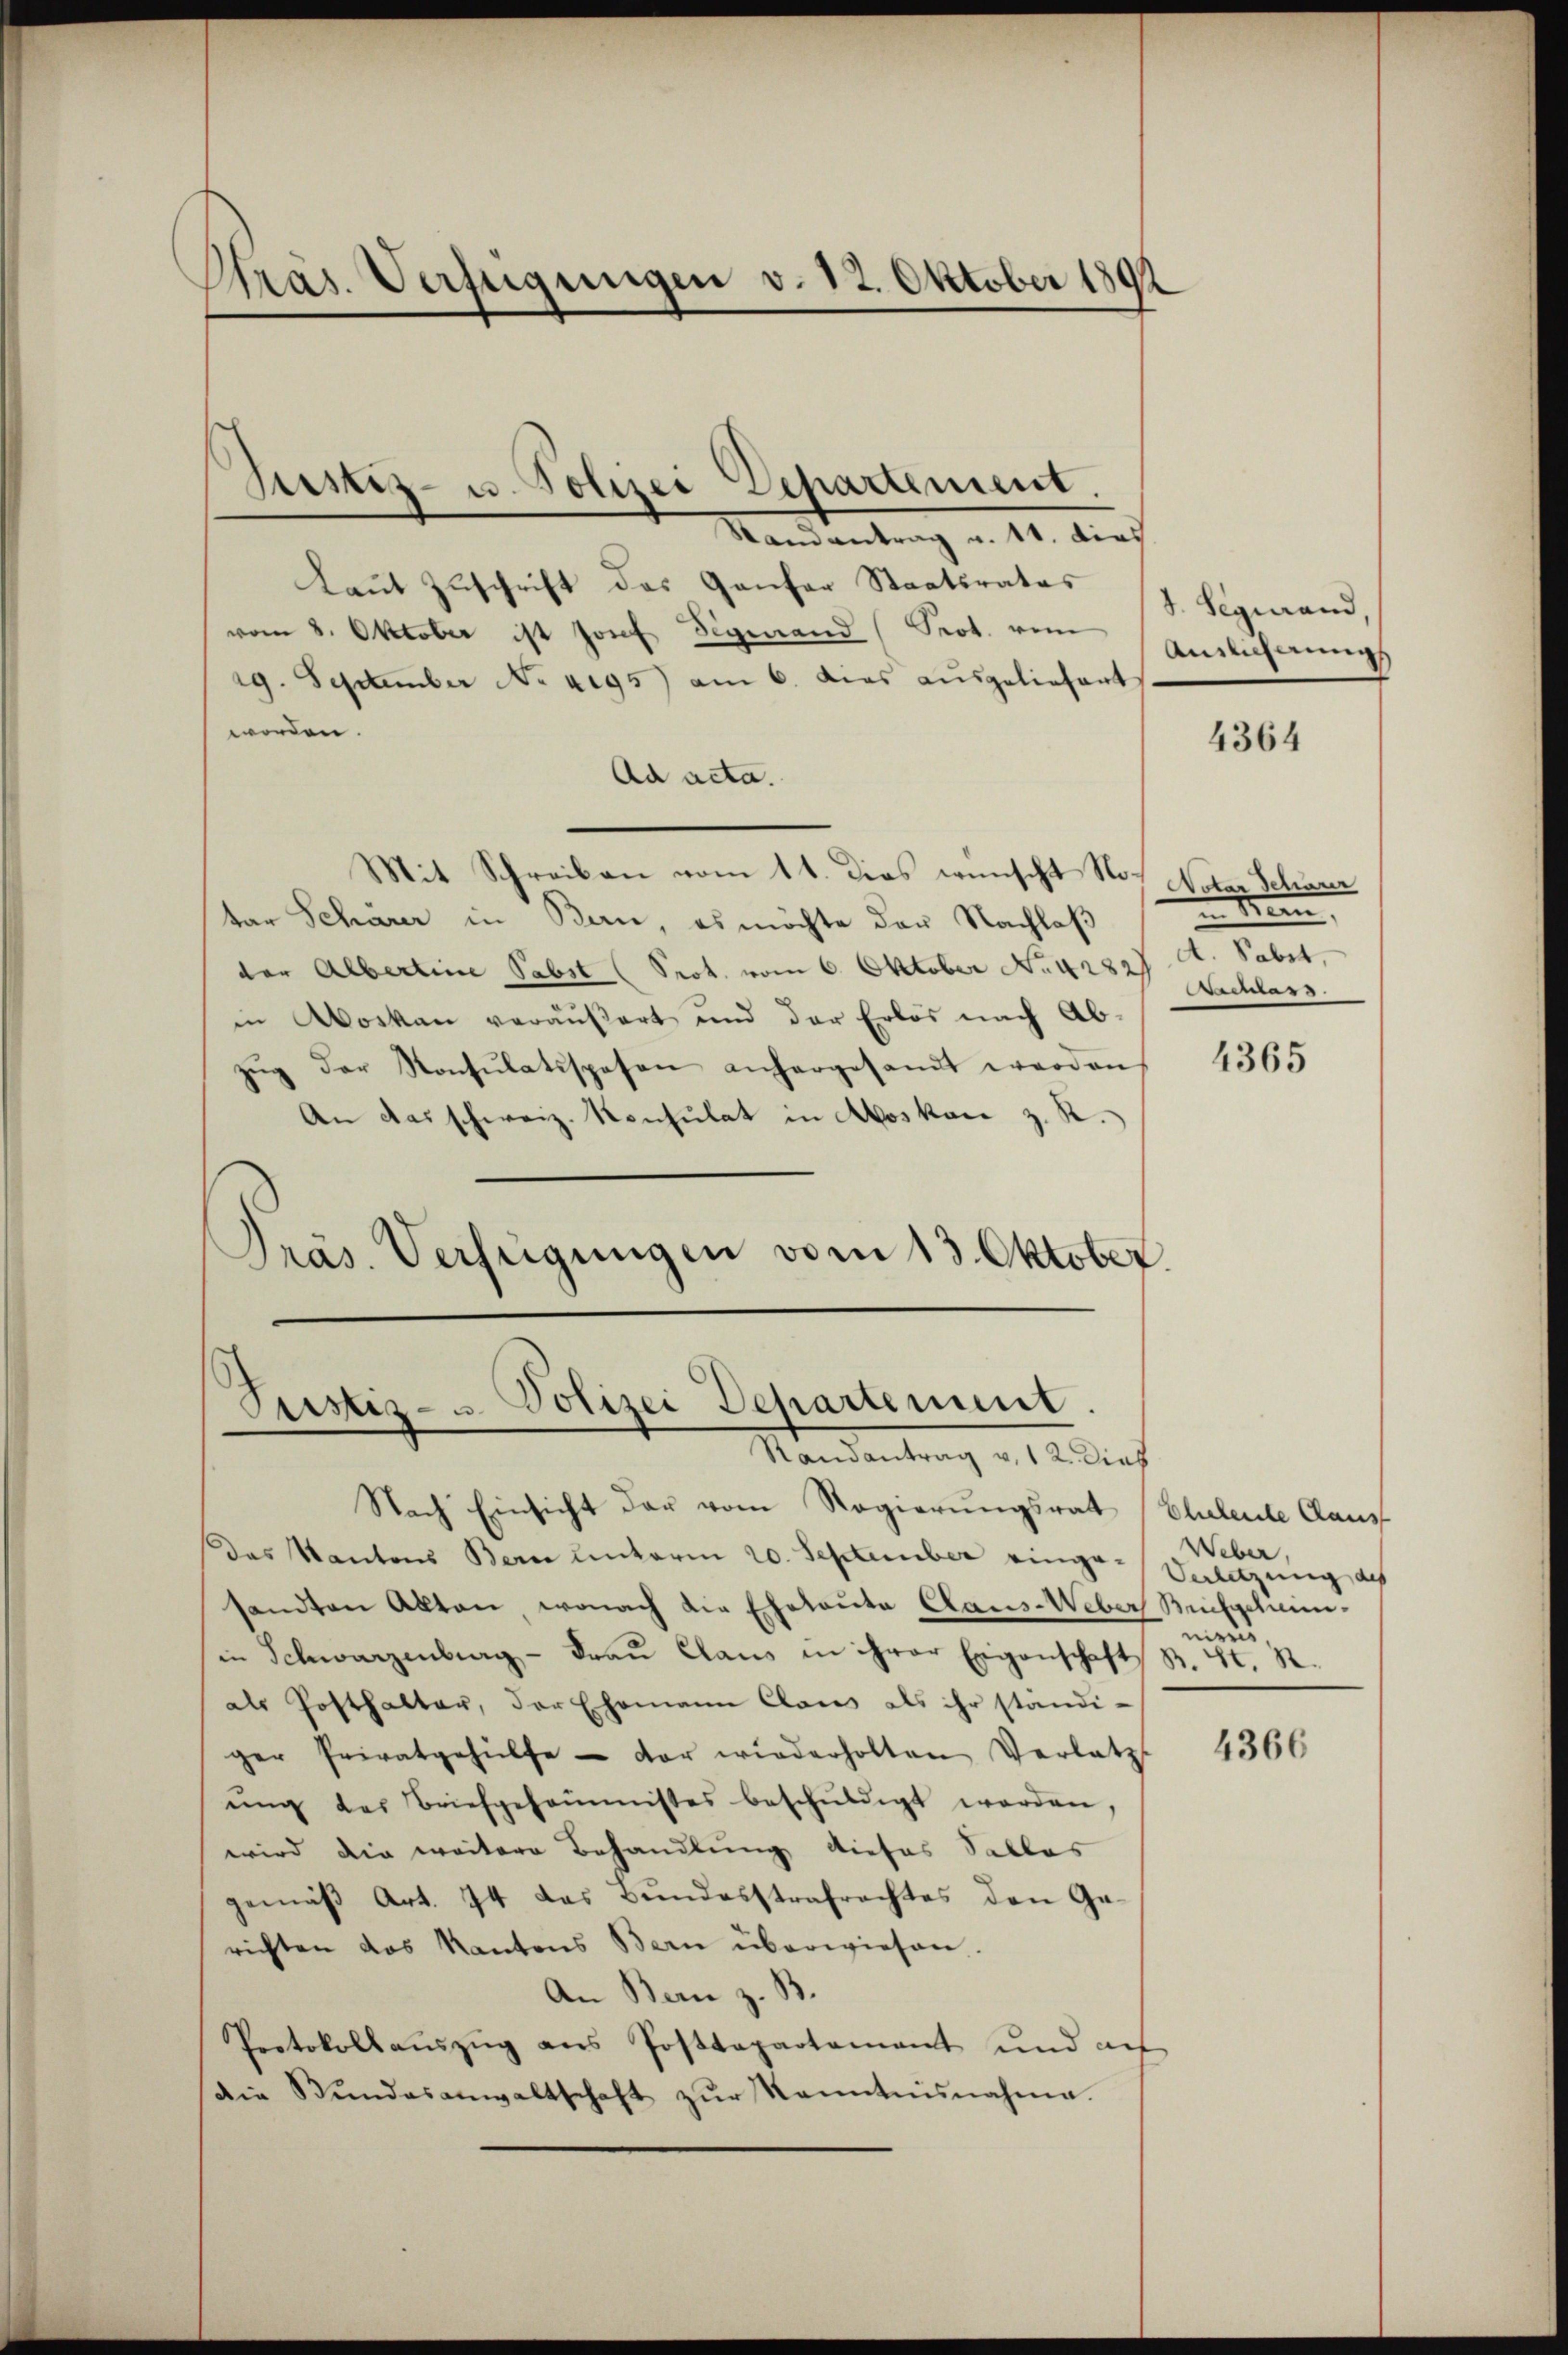
Gras. Verfügungen v. 12. Oktober 1892

Randantrag u. 11. dies
Laut Zuschrift des Ganfer Staatsrates
vom 2. Oktober ist hof Signand (Prot. vom Auszuferung
19. September No. 4195) am 6. das ausgeliefert
worden.
Ad acta.
Mit Schreiben vom 11. Dies wünscht Noch Notar Schöner
tar Schärer in Bern, es möchte der Nachlaß
der Albertine Sabst (Prot. vom 6. Oktober No. 42897. A. Sabet
in Aoskau veräußert und der Erlös nach Ab-
zŭg der Konsŭlatispesen anhergesamt werden
An das schweiz. Konsulat in Aos kan z. R.
Präs. Verfügungen vom 13. Oktober.

Justiz- u. Polizei Departement.

Justiz- u Polizei Departement.
Randantrag v. 12. Dies

Nach Einsicht der vom Regierŭngsrat Eheleute Caus
das Kantons Bern unterm 20. September einge-Verletzung de
sandten Akten, wonach die Eheleute Claus-Weber Briefscheinin Schwarzenberg - Fraŭ Claus in ihrer Eigenschaft B. St. R.
als Posthalter, der Ehemann Claus als ihr ständi-
ger Privatgehülfe der wiederholten Verletzt
ŭng der Briefgehommisses beschŭldigt werden,
wird die weitere Behandlung dieses Salles
gemäß Art. 74 das Bundesstrafrechtes den Gerichten das Kantons Bern überwiesen.
An Bern z. B.
Protokollauszug aus Posttapartement und auf
die Stŭndesanwaltschaft zŭr Kenntnisnahme.

I. Segierand,

4364

Mem
ientars.

4365

Weber
nies

4366